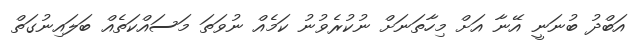
އަބްދު ބުނަނީ އޭނާ އަށް މިހާތަނަށް ނުކުރެވުނު ކަމެއް ނުވަތަ މަސައްކަތެއް ބަލައިނުގަތް